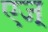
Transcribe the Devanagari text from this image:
एज्